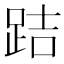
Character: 𨀙